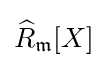
{\widehat {R}}_{\mathfrak {m}}[X]